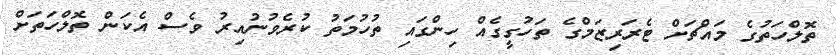
ތޮލްހަތުގެ މައްޗަށް ޓެރަރިޒަމްގެ ތަހުގީގެއް ހިންގައި ތުހުމަތު ކުރެވުނުއިރު ވެސް އެކަން ތޮލްހަތަށް